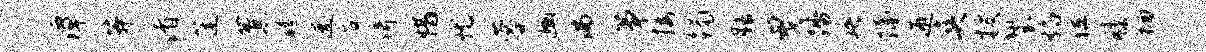
潭莽渚蓬蕉髓迓容倚惜忧蓉豳沸筝接躅膳曳踏晤隔迎爽搜鬻焰位膝徊